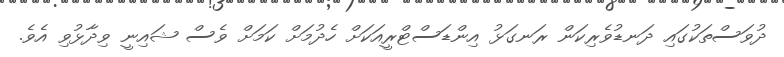
ދުވަސްތަކުގައި ދަނޑުވެރިކަން ރަނގަޅު އިންޑަސްޓްރީއަކަށް ހެދުމަށް ކަމަށް ވެސް ޝައިނީ ވިދާޅުވި އެވެ.